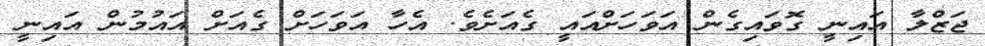
ޖަޒްލާ އައިނީ ގޮވައިގެން އަވަހަށްއައީ ގެއަށެވެ. އެހާ އަވަހަށް ގެއަށް އައުމުން އައިނީ